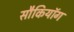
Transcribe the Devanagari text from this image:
सौकियॉग